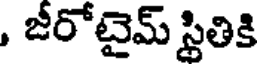
, జీరోటైమ్ స్థితికి